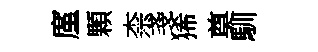
廑顆柰戔狶奠馴